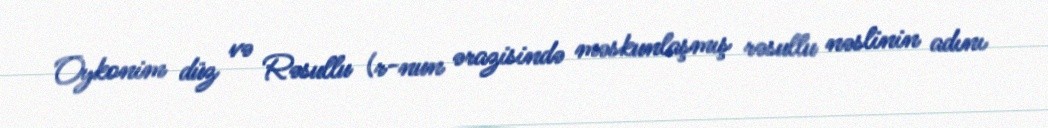
Oykonim düz və Rəsullu (r-nun ərazisində məskunlaşmış rəsullu nəslinin adını